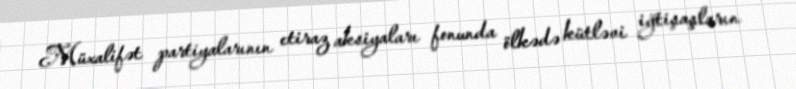
Müxalifət partiyalarının etiraz aksiyaları fonunda ölkədə kütləvi iğtişaşların